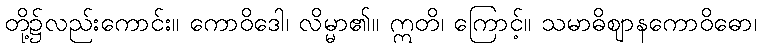
တို့၌လည်းကောင်း။ ကောဝိဒေါ၊ လိမ္မာ၏။ ဣတိ၊ ကြောင့်။ သမာဓိဈာနကောဝိဓော၊